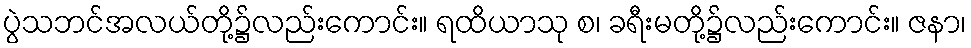
ပွဲသဘင်အလယ်တို့၌လည်းကောင်း။ ရထိယာသု စ၊ ခရီးမတို့၌လည်းကောင်း။ ဇနာ၊